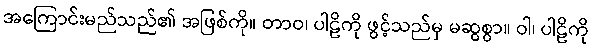
အကြောင်းမည်သည်၏ အဖြစ်ကို။ တာဝ၊ ပါဠိကို ဖွင့်သည်မှ မဆွစွာ။ ဝါ၊ ပါဠိကို